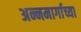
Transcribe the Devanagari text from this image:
अन्नमार्गाच्या